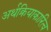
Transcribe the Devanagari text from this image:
अर्थक्रियाकारित्व